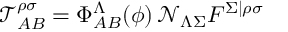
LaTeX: \mathcal { T } _ { A B } ^ { \rho \sigma } = \Phi _ { A B } ^ { \Lambda } ( \phi ) \, \mathcal { N } _ { \Lambda \Sigma } F ^ { \Sigma \vert \rho \sigma }